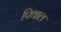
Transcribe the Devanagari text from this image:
पिथाल